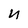
Character: n